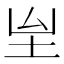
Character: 𡉸